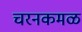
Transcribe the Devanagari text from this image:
चरनकमळ